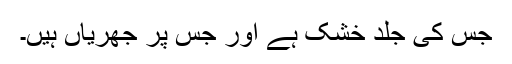
جس کی جلد خشک ہے اور جس پر جُھریاں ہیں۔